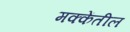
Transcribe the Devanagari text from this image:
मक्केंतील